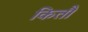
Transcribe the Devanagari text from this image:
कितौ